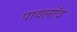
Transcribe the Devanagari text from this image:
पावलॉव